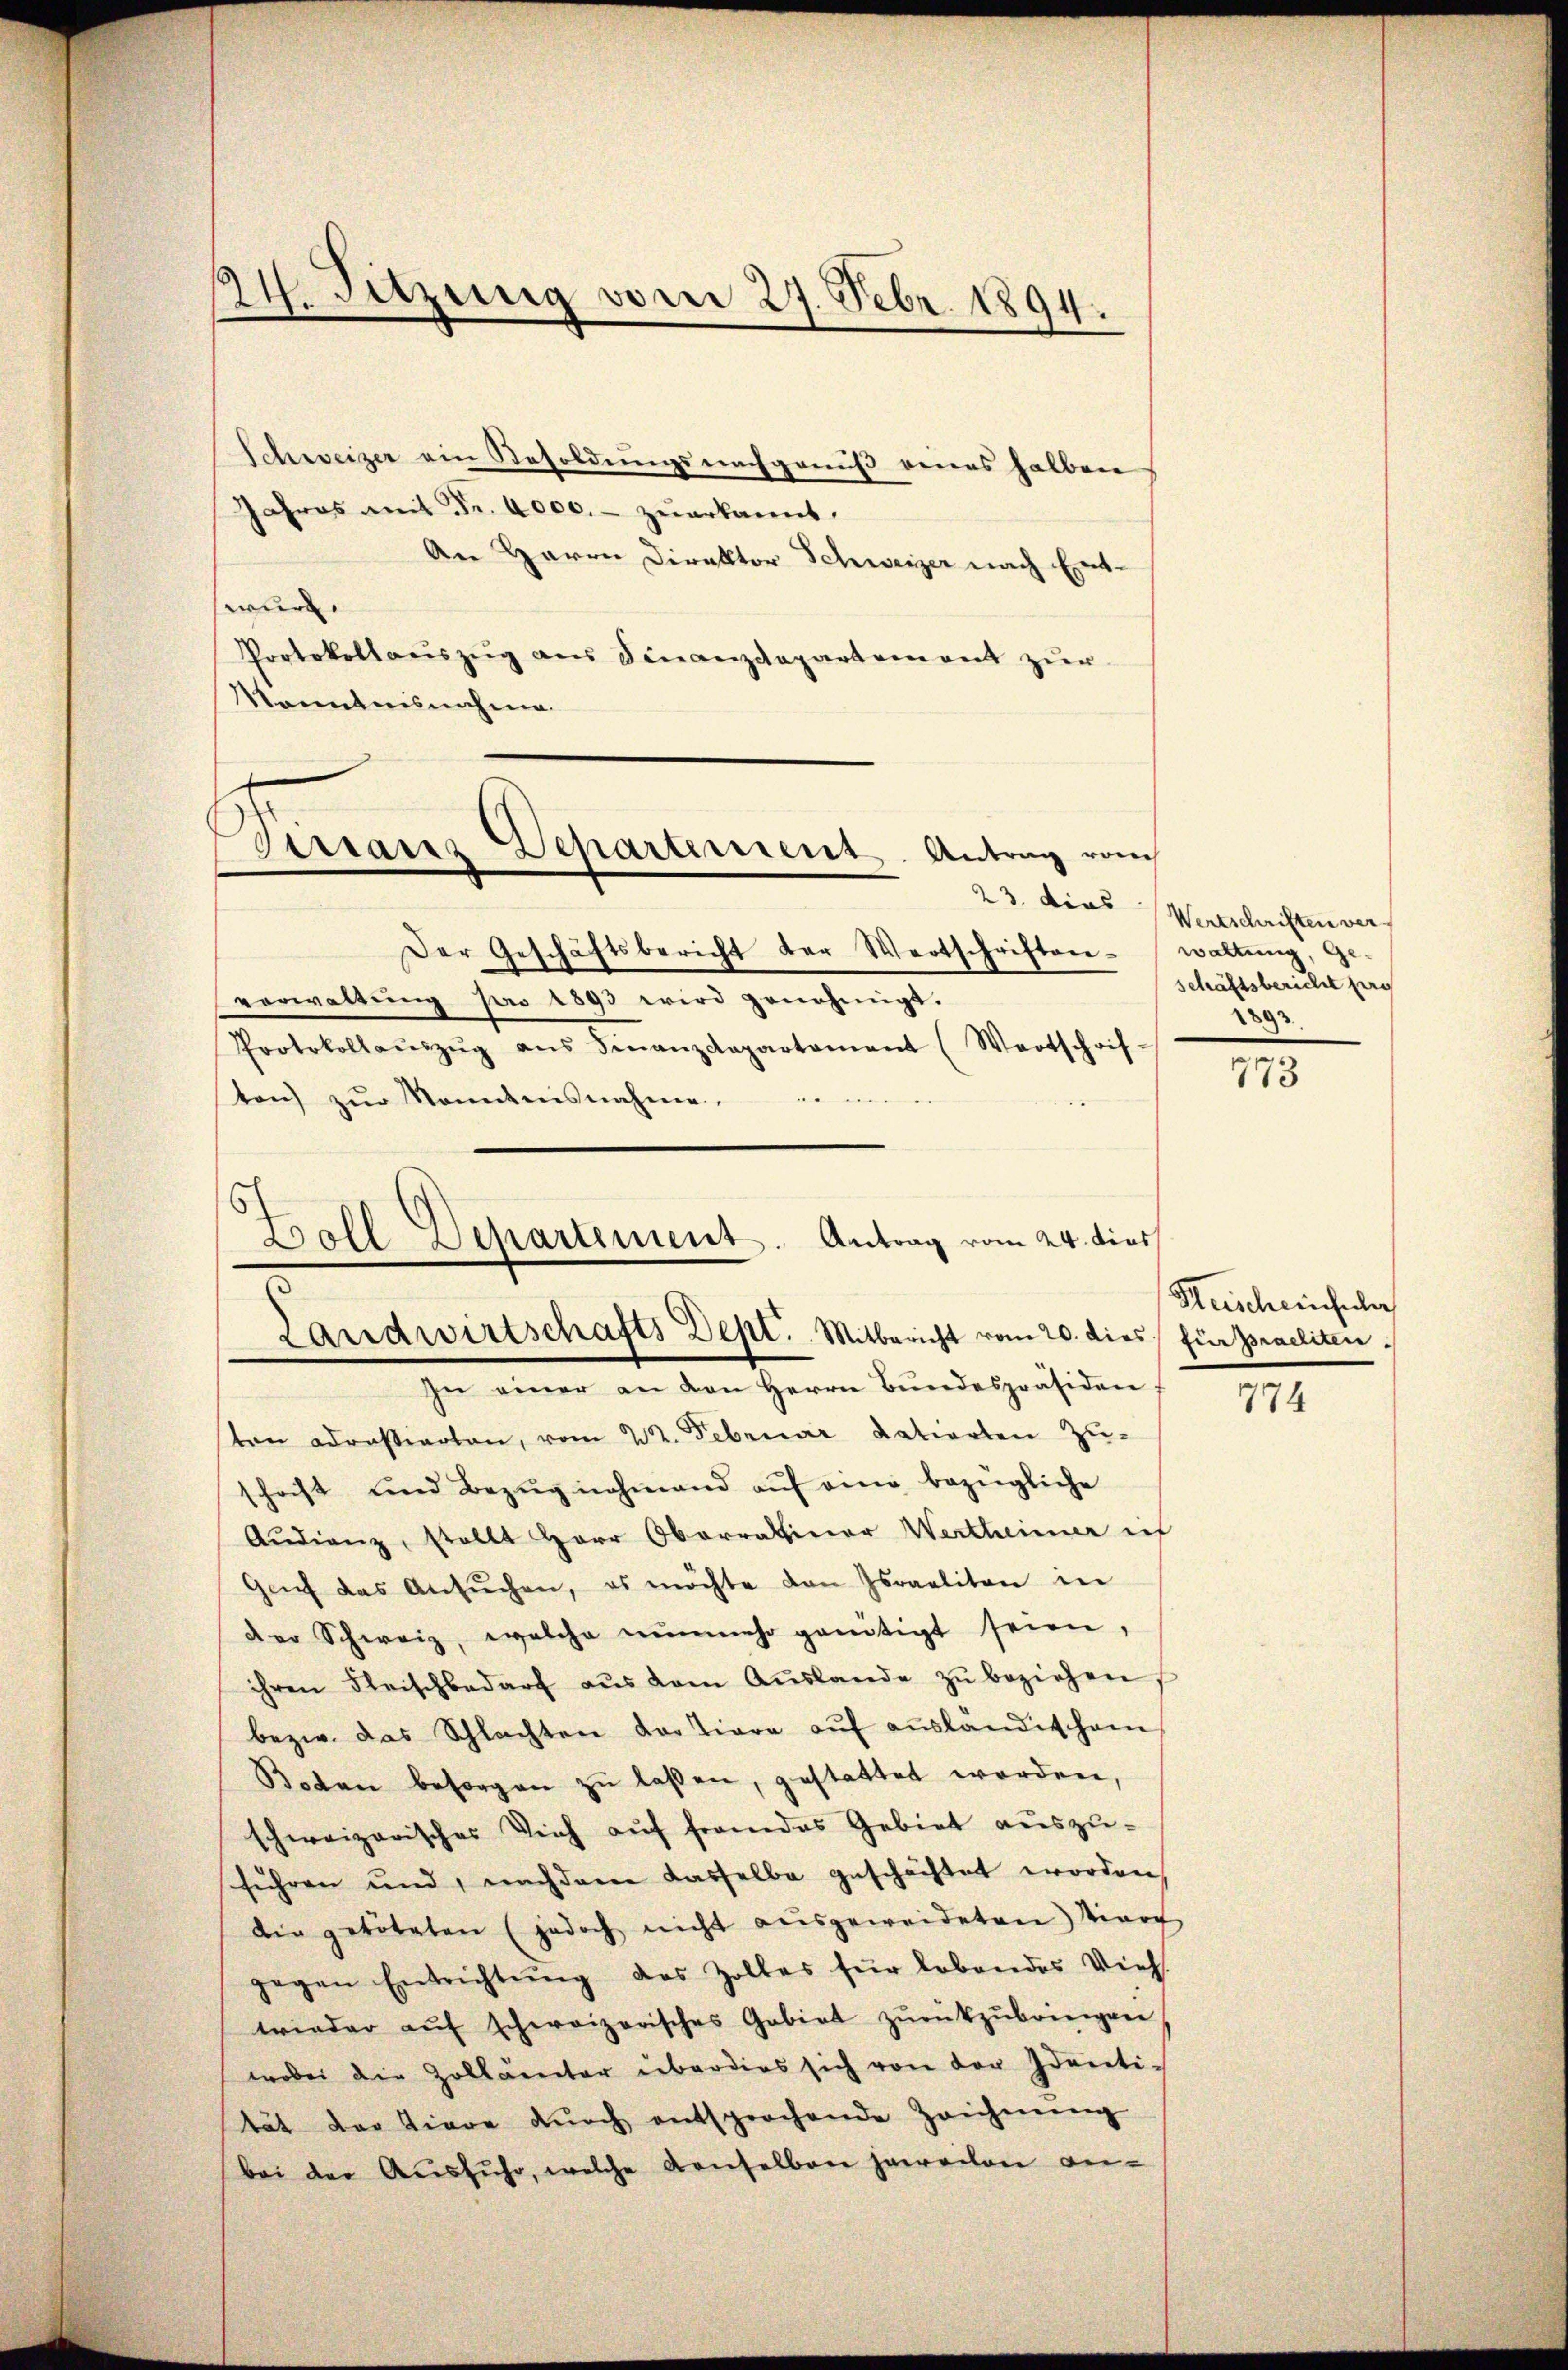
24. Sitzung vom 27. Febr. 1894.

Schweizer ein Besoldungsnachgenuß eines halben
Jahres mit Fr. 4000.- zŭerkannt,
An Herrn Direktor Schweizer nach Entwurd.
Portokollaŭszŭg aŭs Finanzdepartement zur
Kenntnisnahme.
Der Geschäftsbericht der Wertschriften - waltung, Ge-
verwaltung pro 1893 wird genehmigt.
Protokollaŭszŭg ans Finanzdepartement (Wertschrif-
ten zŭr Sonntnisnahme.
In einer an den Herrn Bŭndespräsiden,
sten adreßierten, vom 22. Februar datierten Zuschacht und Bezŭgnehmend aŭf eine bezügliche
Aŭdianz, stellt Herr Oberratiner Wertheimer ich
Genf das Ansŭchen, es möchte den Israeliten in
der Schweiz, welche nŭnmehr genötigt seien,
ihren Fleischbedarf aŭs dem Aŭslande zŭ beziehen,
bezw. das Schlachten dortiere auf ausländischem
Boten besorgen zŭ lassen, gestattet worden,
schweizerisches Vieh auf fremdes Gebiet auszuführen und, nachdem dasselbe geschichtet worden,
die getöteten (jedoch nicht ausgeweideten Viarch
gegen Entrichtŭng des Zolles für lebendes Viel
wieder aŭf schweizerisches Gebiet zŭrükzŭbringen
wobei die Zollämter überdies sich von der Identi-
tät der Tiere dŭrch entsprochende Zeichnŭng
bei der Ausfuhr, welche Konselben jareilen an-

Virranz Departement. Antrag vom

s
Boll Departement. Antrag vom 24. dies
Landwirtschafts Dept. Mitbericht vom 20. dies für praeliten.

23. dies Wertschriften ver
schäftsbericht pro
2893

773

Heischeinfuler

774